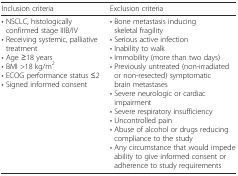
<table><thead><tr><td><b>Inclusion criteria</b></td><td><b>Exclusion criteria</b></td></tr></thead><tbody><tr><td>• NSCLC, histologically confirmed stage IIIB/IV• Receiving systemic, palliative treatment• Age ≥18 years• BMI &gt;18 kg/m<sup>2</sup>• ECOG performance status ≤2• Signed informed consent</td><td>• Bone metastasis inducing skeletal fragility• Serious active infection• Inability to walk• Immobility (more than two days)• Previously untreated (non-irradiated or non-resected) symptomatic brain metastases• Severe neurologic or cardiac impairment• Severe respiratory insufficiency• Uncontrolled pain• Abuse of alcohol or drugs reducing compliance to the study• Any circumstance that would impede ability to give informed consent or adherence to study requirements</td></tr></tbody></table>